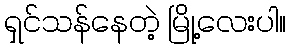
ရှင်သန်နေတဲ့ မြို့လေးပါ။